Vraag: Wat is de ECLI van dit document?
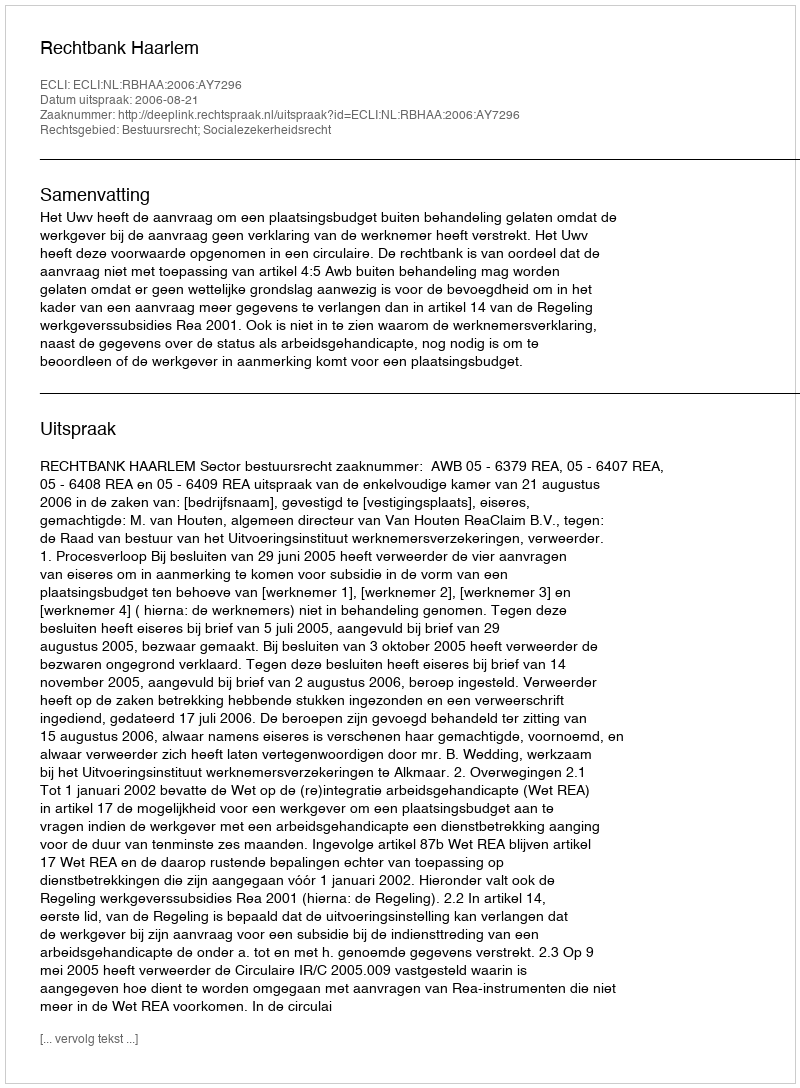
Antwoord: ECLI:NL:RBHAA:2006:AY7296